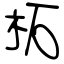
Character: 柘